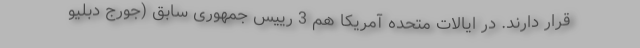
قرار دارند. در ایالات متحده آمریکا هم 3 رییس جمهوری سابق (جورج دبلیو